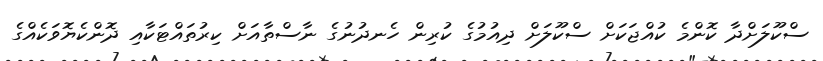
ސްކޫލަށްދާ ކޮންމެ ކުއްޖަކަށް ސްކޫލަށް ދިއުމުގެ ކުރިން ހެނދުނުގެ ނާސްތާއަށް ކިރުތައްޓަކާއި ދޮންކެޔޮވަކެއްގެ